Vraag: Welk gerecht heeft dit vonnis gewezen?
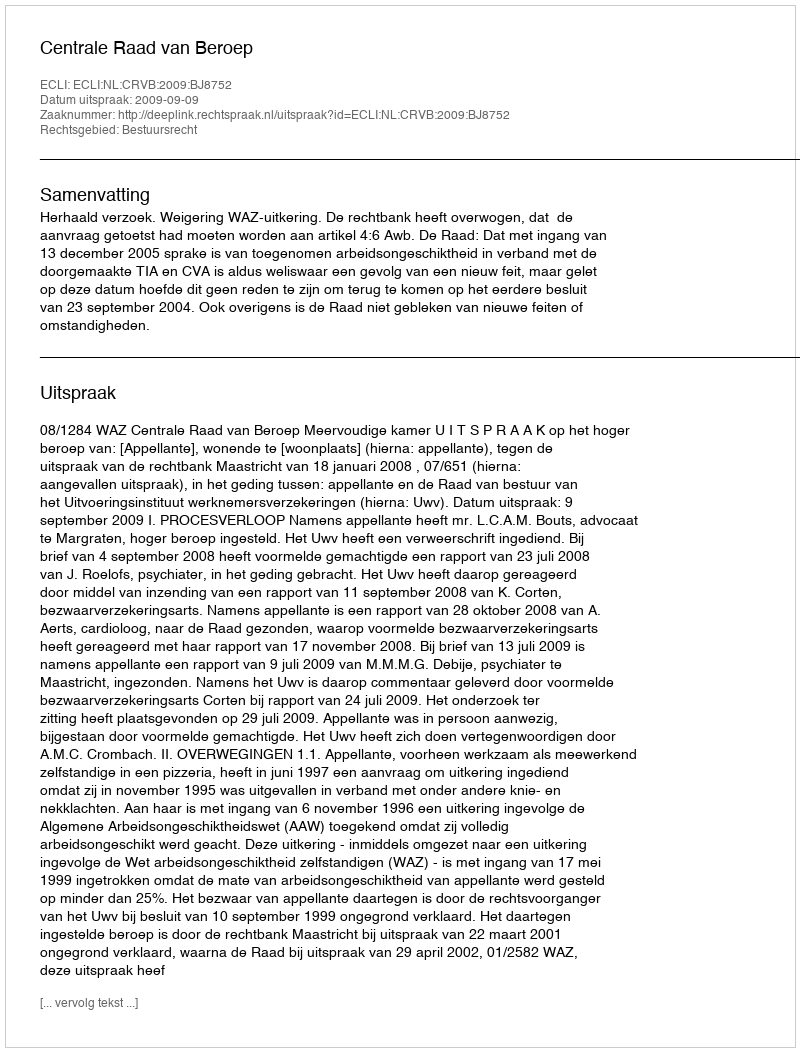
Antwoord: Centrale Raad van Beroep